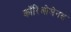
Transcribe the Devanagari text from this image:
कॉरिओलेनस